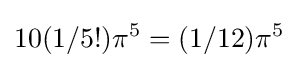
10(1/5!)\pi ^{5}=(1/12)\pi ^{5}